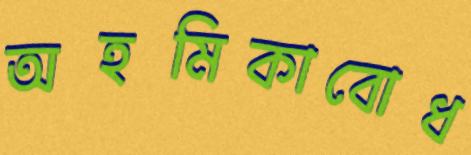
অহমিকাবোধ